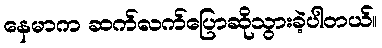
နေမာက ဆက်လက်ပြောဆိုသွားခဲ့ပါတယ်။